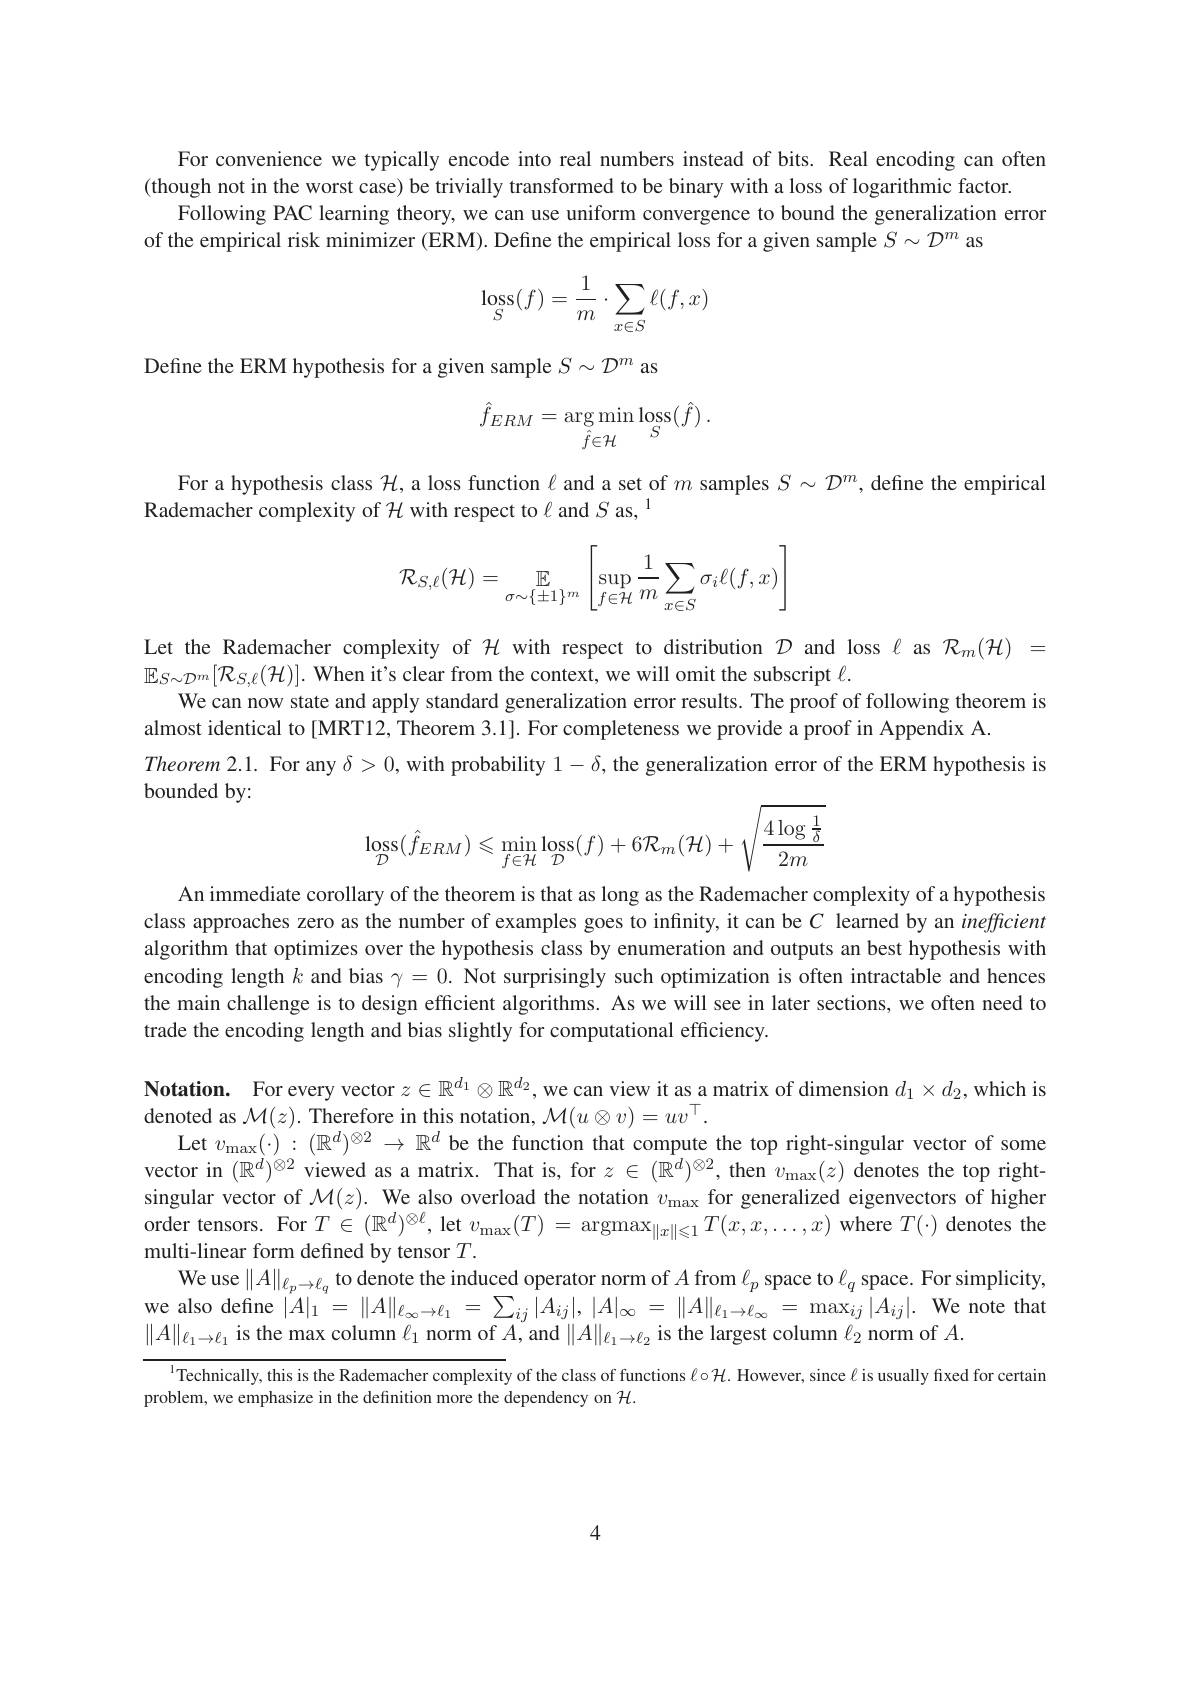
For convenience we typically encode into real numbers instead of bits. Real encoding can often
(though not in the worst case) be trivially transformed to be binary with a loss of logarithmic factor.
Following PAC learning theory, we can use uniform convergence to bound the generalization error
of the empirical risk minimizer (ERM). Define the empirical loss for a given sample $S\sim\mathcal{D}^m$ as
$$\begin{aligned}\operatorname{loss}_S(f)=\frac{1}{m}\cdot\sum_{x\in S}\ell(f,x)\end{aligned}$$
Define the ERM hypothesis for a given sample $S\sim\mathcal{D}^m$ as
$$\hat{f}_{ERM}=\underset{\hat{f}\in\mathcal{H}}{\operatorname*{\arg\min}}\underset{S}{\operatorname*{loss}}(\hat{f})\:.$$
$\begin{array}{c}{\mathrm{For~a~hypothesis~class~}\mathcal{H},\text{a loss function }\ell\mathrm{~and~a~set~of~}m\mathrm{~samples~}S\sim\mathcal{D}^{m},\mathrm{~define~the~empirical}}\\{\mathrm{Rademacher~complexity~of~}\mathcal{H}\mathrm{~with~respect~to~}\ell\mathrm{~and~}S\mathrm{~as,~}\end{array}1}$
$$\mathcal{R}_{S,\ell}(\mathcal{H})=\mathbb{E}_{\sigma\sim\{\pm1\}^m}\left[\sup\limits_{f\in\mathcal{H}}\frac{1}{m}\sum\limits_{x\in S}\sigma_i\ell(f,x)\right]$$
Let the Rademacher complexity of $\mathcal{H}$ with respect to distribution $\mathcal{D}$ and loss $\ell$ as $\mathcal{R}_m(\mathcal{H})=$
$\mathbb{E}_{S\sim\mathcal{D}^m}[\mathcal{R}_{S,\ell}(\mathcal{H})].$ When it's clear from the context, we will omit the subscript $\ell.$
We can now state and apply standard generalization error results. The proof of following theorem is
almost identical to[MRT12, Theorem 3.1]. For completeness we provide a proof in Appendix A.
Theorem 2.1. For any $\delta>0$, with probability $1-\delta$, the generalization error of the ERM hypothesis is
bounded by:
$$\mathop{\mathrm{loss}}_{\mathcal{D}}(\hat{f}_{ERM})\leqslant\operatorname*{min}_{f\in\mathcal{H}}\mathop{\mathrm{loss}}_{\mathcal{D}}(f)+6\mathcal{R}_{m}(\mathcal{H})+\sqrt{\frac{4\operatorname{log}\frac{1}{\delta}}{2m}}$$
An immediate corollary of the theorem is that as long as the Rademacher complexity of a hypothesis class approaches zero as the number of examples goes to infinity, it can be $C$ learned by an inefficient algorithm that optimizes over the hypothesis class by enumeration and outputs an best hypothesis with encoding length $k$ and bias $\gamma=0.$ Not surprisingly such optimization is often intractable and hences the main challenge is to design efficient algorithms. As we will see in later sections, we often need to trade the encoding length and bias slightly for computational efficiency.

Notation. For every vector $z\in\mathbb{R}^d_1\otimes\mathbb{R}^{d_2}$,we can view it as a matrix of dimension $d_1\times d_2$,which is
denoted as $\mathcal{M}(z).$ Therefore in this notation, $\mathcal{M}(u\otimes v)=uv^\top.$
Let $v_\max(\cdot):(\mathbb{R}^d)^{\otimes2}\to\mathbb{R}^d$ be the function that compute the top right-singular vector of some vector in $(\mathbb{R}^d)^{\otimes2}$ viewed as a matrix. That is, for $z\in(\mathbb{R}^d)^{\otimes2}$, then $v_\max(z)$ denotes the top rightsingular vector of $\mathcal{M}(z).$ We also overload the notation $v_\mathrm{max}$ for generalized eigenvectors of higher order tensors. For $T\in(\mathbb{R}^d)^{\otimes\ell}$, let $v_\max(T)=\operatorname{argmax}_{\|x\|\leqslant1}T(x,x,\ldots,x)$ where $T(\cdot)$ denotes the multi-linear form defined by tensor $T.$
We use $\|A\|_{\ell_p\to\ell_q}$ to denote the induced operator norm of $A$ from $\ell_p$ space to $\ell_q$ space. For simplicity, we also define $|A|_1=\|A\|_{\ell_\infty\to\ell_1}=\sum_{ij}|A_{ij}|,|A|_\infty=\|A\|_{\ell_1\to\ell_\infty}=\max_{ij}|A_{ij}|.$ We note that $\|A\|_{\ell_1\to\ell_1}$ is the max column $\ell_1$ norm of $A$,and $\|A\|_\ell_1\to\ell_2$ is the largest column $\ell_2$ norm of $A.$

$^{1}$Technically, this is the Rademacher complexity of the class of functions $\ell\circ\mathcal{H}.$ However, since $\ell$ is usually fixed for certain

problem, we emphasize in the definition more the dependency on $\mathcal{H}.$

4